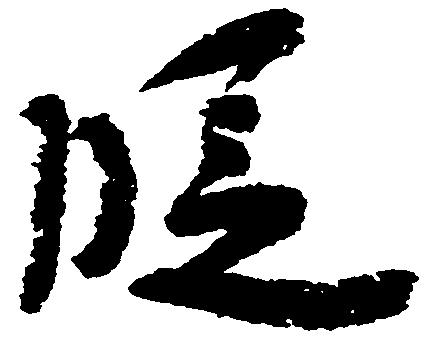
段